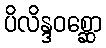
ပိလိန္ဒဝစ္ဆော